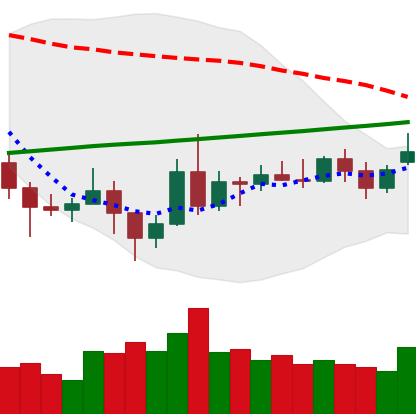
Ticker: NEO-USD
Chart end date: 2020-11-17
Forward return: 6.01%
Label: up_5_7